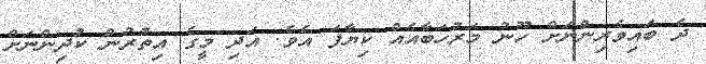
ދެ ބައިވެރިންނަށް ހޫނު މަރުހަބާއެއް ކިޔާފަ އެވެ. އަދި މީގެ އިތުރުން ކުދިންނަށް